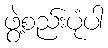
ဖွဲ့စည်းပုံပါ